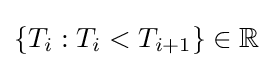
\{T_{i}:T_{i}<T_{i+1}\}\in \mathbb {R}